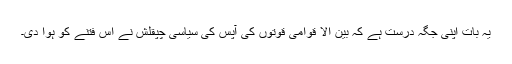
یہ بات اپنی جگہ درست ہے کہ بین الا قوامی قوتوں کی آپس کی سیاسی چپقلش نے اس فتنے کو ہوا دی۔